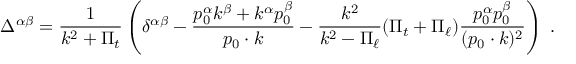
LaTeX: \Delta ^ { \alpha \beta } = \frac { 1 } { k ^ { 2 } + \Pi _ { t } } \left( \delta ^ { \alpha \beta } - \frac { p _ { 0 } ^ { \alpha } k ^ { \beta } + k ^ { \alpha } p _ { 0 } ^ { \beta } } { p _ { 0 } \cdot k } - \frac { k ^ { 2 } } { k ^ { 2 } - \Pi _ { \ell } } ( \Pi _ { t } + \Pi _ { \ell } ) \frac { p _ { 0 } ^ { \alpha } p _ { 0 } ^ { \beta } } { ( p _ { 0 } \cdot k ) ^ { 2 } } \right) \; .